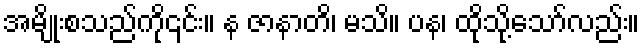
အမျိုးစသည်ကို၎င်း။ န ဇာနာတိ၊ မသိ။ ပန၊ ထိုသို့သော်လည်း။